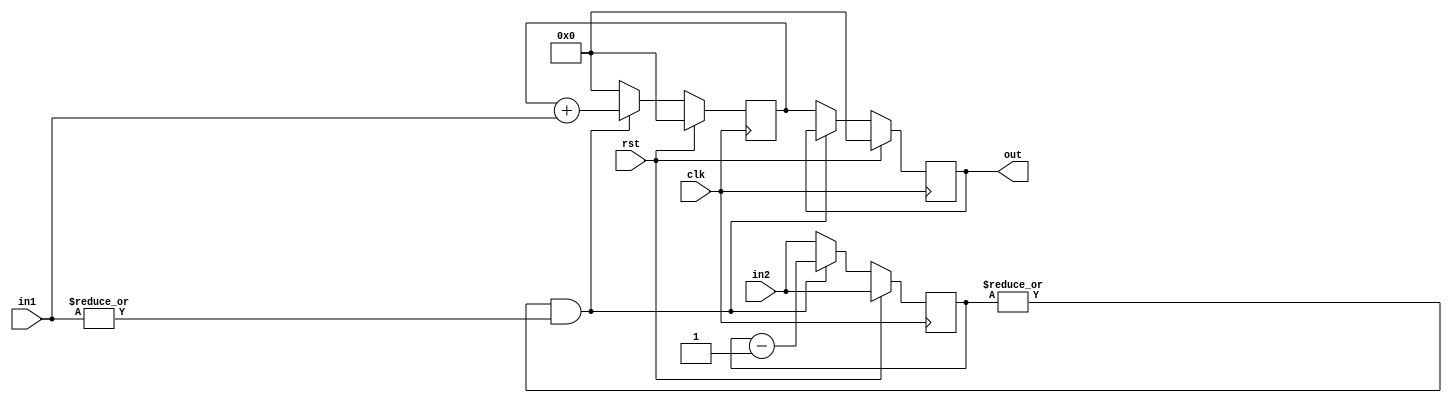
module mul(
	input           clk,
	input           rst,
	input     [3:0] in1,
	input     [3:0] in2,
	output reg[7:0] out //out=in1*in2
);

	reg[3:0] temp;
	reg[7:0] res;
	always@(posedge clk)
		if(rst)
		begin
			out<=0;
			res<=0;
			temp<=in2;
		end
		else if((|temp)&(|in1))
		begin
			temp<=temp-1'b1;
			res<=res+in1;
		end
		else
		begin
			out<=res;
			res<=0;
			temp<=in2;
		end

endmodule